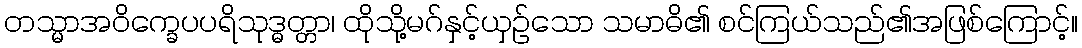
တသ္မာအဝိက္ခေပပရိသုဒ္ဓတ္တာ၊ ထိုသို့မဂ်နှင့်ယှဉ်သော သမာဓိ၏ စင်ကြယ်သည်၏အဖြစ်ကြောင့်။